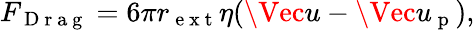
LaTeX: F_{\mathrm{~D~r~a~g~}}=6\pi r_{\mathrm{~e~x~t~}}\eta(\Vec{u}-\Vec{u}_{\mathrm{~p~}}),